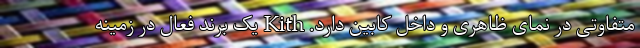
متفاوتی در نمای ظاهری و داخل کابین دارد. Kith یک برند فعال در زمینه